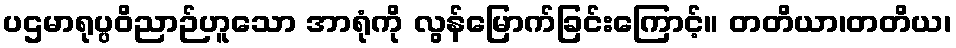
ပဌမာရုပ္ပဝိညာဉ်ဟူသော အာရုံကို လွန်မြောက်ခြင်းကြောင့်။ တတိယာ၊တတိယ၊